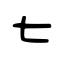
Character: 七